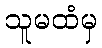
သူမထံမှ